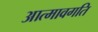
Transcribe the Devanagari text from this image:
आत्मावगति